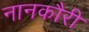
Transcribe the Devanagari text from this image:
नानकौरी